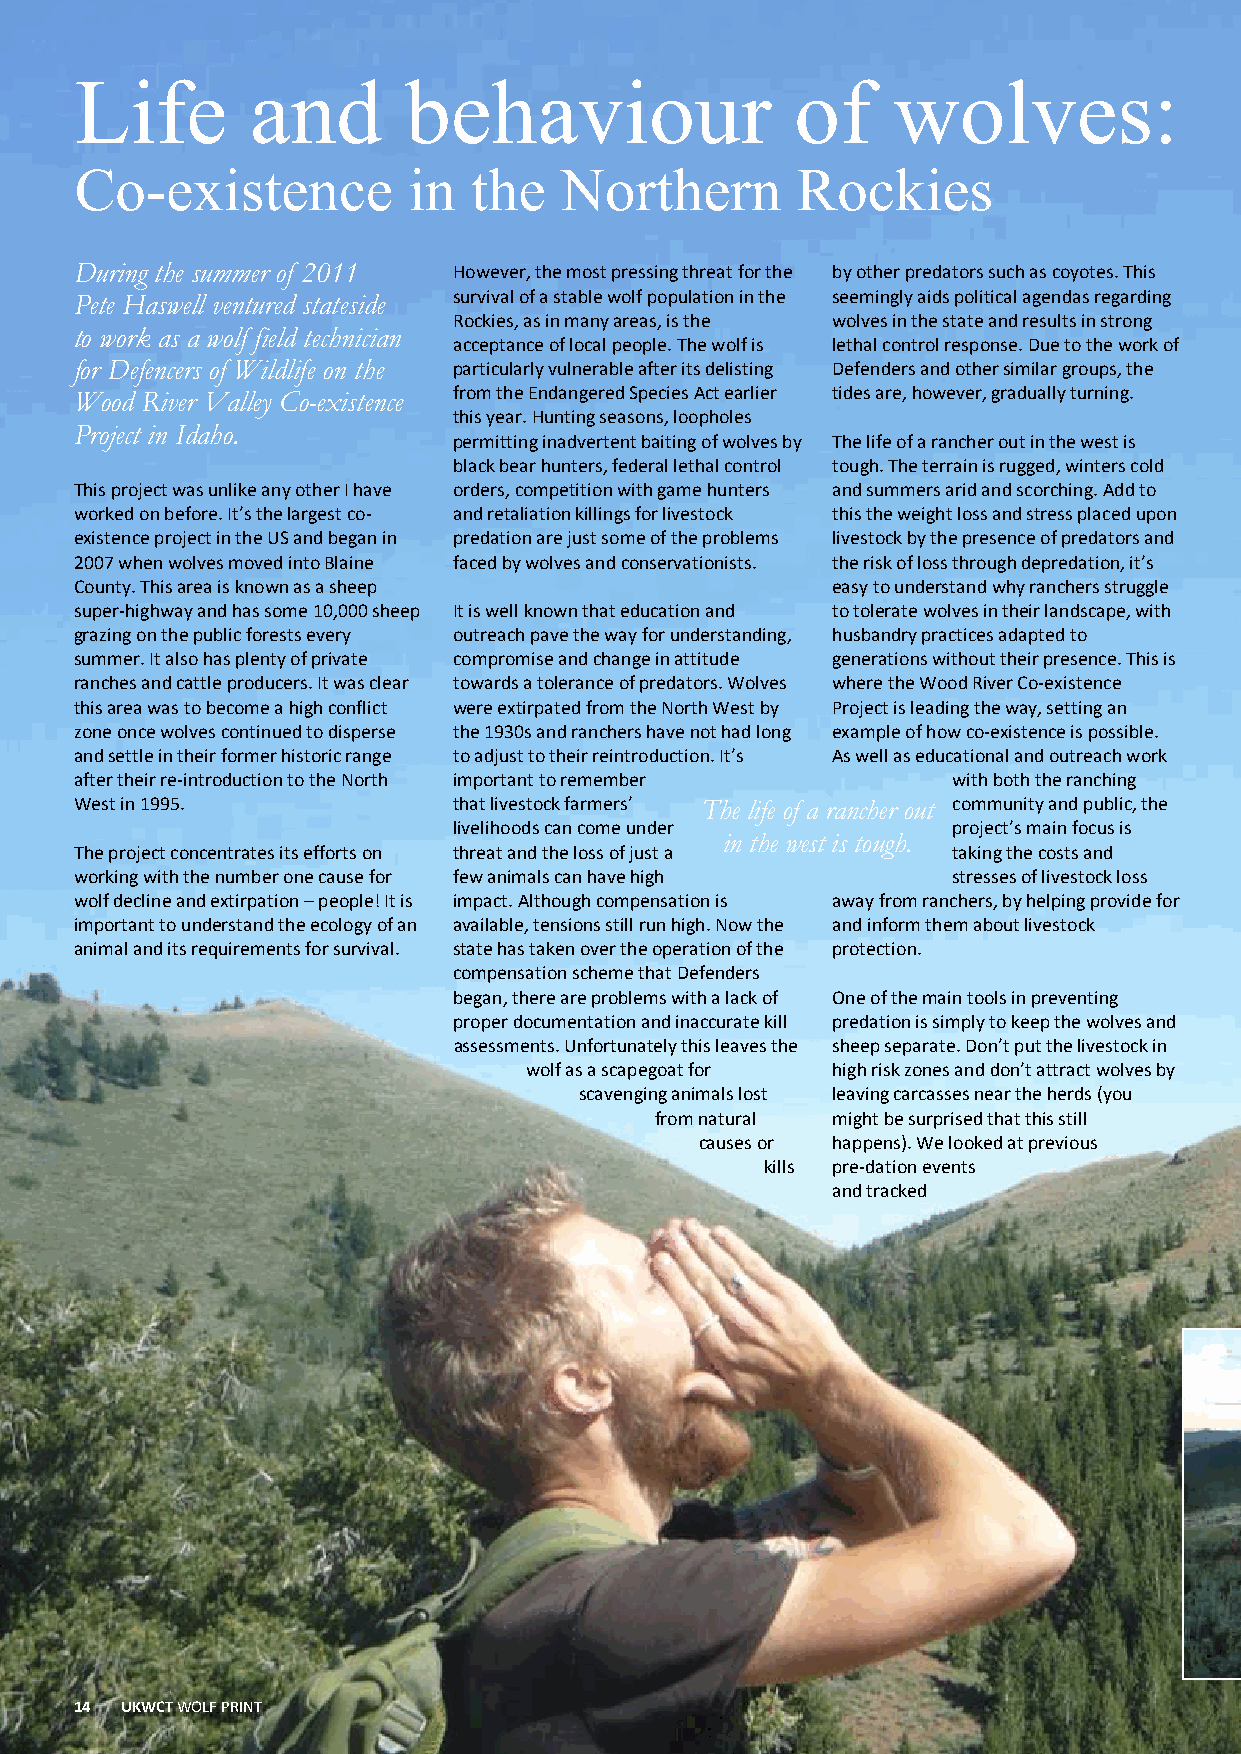
Life        and       behaviour                 of    wolves:
 Co-existence          in  the   Northern        Rockies
 During the summer of 2011 However, the most pressing threat for the by other predators such as coyotes. This
 Pete Haswell ventured stateside survival of a stable wolf population in the seemingly aids political agendas regarding
 Rockies, as in many areas, is the wolves in the state and results in strong
 to work as a wolf field technician
 acceptance of local people. The wolf is lethal control response. Due to the work of
 for Defencers of Wildlife on the particularly vulnerable after its delisting Defenders and other similar groups, the
 Wood River Valley Co-existence from the Endangered Species Act earlier tides are, however, gradually turning.
 this year. Hunting seasons, loopholes
 Project in Idaho.
 permitting inadvertent baiting of wolves by The life of a rancher out in the west is
 black bear hunters, federal lethal control tough. The terrain is rugged, winters cold
 This project was unlike any other I have orders, competition with game hunters and summers arid and scorching. Add to
 worked on before. It’s the largest co- and retaliation killings for livestock this the weight loss and stress placed upon
 existence project in the US and began in predation are just some of the problems livestock by the presence of predators and
 2007 when wolves moved into Blaine faced by wolves and conservationists. the risk of loss through depredation, it’s
 County. This area is known as a sheep             easy to understand why ranchers struggle
 super-highway and has some 10,000 sheep It is well known that education and to tolerate wolves in their landscape, with
 grazing on the public forests every outreach pave the way for understanding, husbandry practices adapted to
 summer. It also has plenty of private compromise and change in attitude generations without their presence. This is
 ranches and cattle producers. It was clear towards a tolerance of predators. Wolves where the Wood River Co-existence
 this area was to become a high conflict were extirpated from the North West by Project is leading the way, setting an
 zone once wolves continued to disperse the 1930s and ranchers have not had long example of how co-existence is possible.
 and settle in their former historic range to adjust to their reintroduction. It’s As well as educational and outreach work
 after their re-introduction to the North important to remember with both the ranching
 West in 1995.            that livestock farmers’ The life of a rancher out community and public, the
 livelihoods can come under       project’s main focus is
 in the west is tough.
 The project concentrates its efforts on threat and the loss of just a taking the costs and
 working with the number one cause for few animals can have high stresses of livestock loss
 wolf decline and extirpation – people! It is impact. Although compensation is away from ranchers, by helping provide for
 important to understand the ecology of an available, tensions still run high. Now the and inform them about livestock
 animal and its requirements for survival. state has taken over the operation of the protection.
 compensation scheme that Defenders
 began, there are problems with a lack of One of the main tools in preventing
 proper documentation and inaccurate kill predation is simply to keep the wolves and
 assessments. Unfortunately this leaves the sheep separate. Don’t put the livestock in
 wolf as a scapegoat for high risk zones and don’t attract wolves by
 scavenging animals lost leaving carcasses near the herds (you
 from natural might be surprised that this still
 causes or happens). We looked at previous
 kills pre-dation events
 and tracked
 14 UKWCTWOLF PRINT